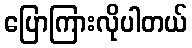
ပြောကြားလိုပါတယ်